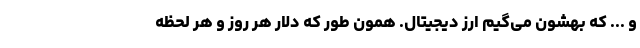
و ... که بهشون می­گیم ارز دیجیتال. همون طور که دلار هر روز و هر لحظه